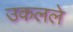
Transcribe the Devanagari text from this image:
उकलले